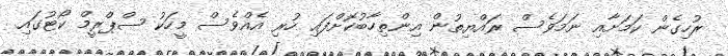
ރުހިގެން ކަމަށާއި ނަމަވެސް ރައްޔިތުން އިންތިހާބުކޮށްފައި ހުރި އެއްވެސް މީހަކު ސްޕްރީމް ކޯޓުގައި